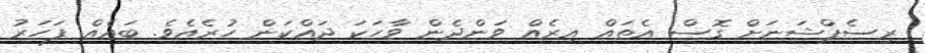
ރިސެޕްޝަނަށް ގޮސް އެތައް އިރެއް ވަންދެން ވާހަކަ ދައްކަން ހުރެއެވެ. ބައެއް ފަހަރު